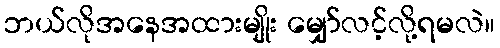
ဘယ်လိုအနေအထားမျိုး မျှော်လင့်လို့ရမလဲ။